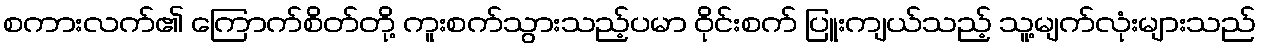
စကားလက်၏ ကြောက်စိတ်တို့ ကူးစက်သွားသည့်ပမာ ဝိုင်းစက် ပြူးကျယ်သည့် သူ့မျက်လုံးများသည်